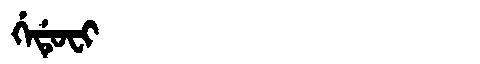
Manchu: ᡤᡝᡩᡠᠸᡳ
Romanization: GEDUFI